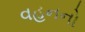
વહનનો